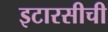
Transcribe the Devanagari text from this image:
इटारसीची